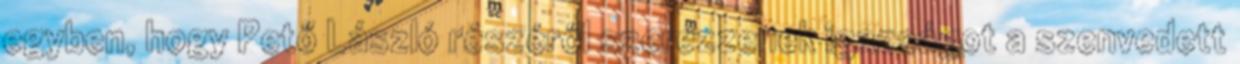
egyben, hogy Pető László részéről szerezzenek igazságot a szenvedett